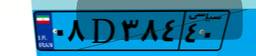
۳۶D۴۵۲۶۷